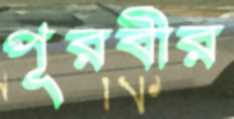
পূরবীর